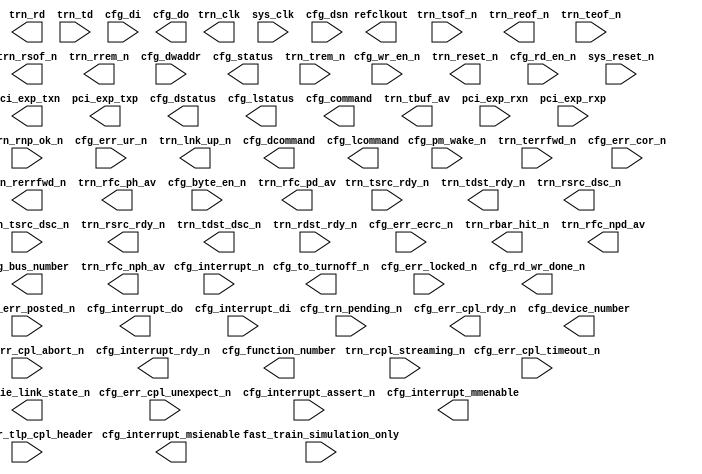
////////////////////////////////////////////////////////////////////////////////
// Copyright (c) 1995-2009 Xilinx, Inc.  All rights reserved.
////////////////////////////////////////////////////////////////////////////////
//   ____  ____
//  /   /\/   /
// /___/  \  /    Vendor: Xilinx
// \   \   \/     Version: L.57
//  \   \         Application: netgen
//  /   /         Filename: pcie_endpoint.v
// /___/   /\     Timestamp: Mon Feb  8 15:28:15 2010
// \   \  /  \ 
//  \___\/\___\
//             
// Command	: -intstyle ise -w -sim -ofmt verilog ./tmp/_cg/pcie_endpoint.ngc ./tmp/_cg/pcie_endpoint.v 
// Device	: 5vlx110tff1136-1
// Input file	: ./tmp/_cg/pcie_endpoint.ngc
// Output file	: ./tmp/_cg/pcie_endpoint.v
// # of Modules	: 1
// Design Name	: pcie_endpoint
// Xilinx        : /raid/tools/xilinx/11.1/ISE
//             
// Purpose:    
//     This verilog netlist is a verification model and uses simulation 
//     primitives which may not represent the true implementation of the 
//     device, however the netlist is functionally correct and should not 
//     be modified. This file cannot be synthesized and should only be used 
//     with supported simulation tools.
//             
// Reference:  
//     Command Line Tools User Guide, Chapter 23 and Synthesis and Simulation Design Guide, Chapter 6
//             
////////////////////////////////////////////////////////////////////////////////

`timescale 1 ns/1 ps

module pcie_endpoint (
  cfg_pm_wake_n, cfg_err_cpl_abort_n, trn_tsrc_rdy_n, trn_terrfwd_n, cfg_to_turnoff_n, refclkout, trn_tdst_rdy_n, trn_rsrc_dsc_n, trn_rnp_ok_n, 
trn_tsrc_dsc_n, cfg_err_cpl_unexpect_n, cfg_err_cor_n, cfg_wr_en_n, trn_rsrc_rdy_n, cfg_err_locked_n, trn_tdst_dsc_n, trn_reset_n, cfg_err_ur_n, 
trn_rcpl_streaming_n, cfg_interrupt_n, cfg_err_cpl_timeout_n, trn_clk, cfg_trn_pending_n, fast_train_simulation_only, cfg_interrupt_msienable, 
trn_lnk_up_n, trn_tsof_n, trn_reof_n, cfg_rd_wr_done_n, cfg_rd_en_n, sys_clk, trn_rdst_rdy_n, trn_rerrfwd_n, cfg_interrupt_rdy_n, 
cfg_interrupt_assert_n, trn_teof_n, trn_rsof_n, cfg_err_posted_n, sys_reset_n, cfg_err_cpl_rdy_n, cfg_err_ecrc_n, pci_exp_txn, cfg_interrupt_do, 
pci_exp_txp, trn_rbar_hit_n, cfg_dstatus, cfg_function_number, trn_rd, trn_td, cfg_dsn, cfg_interrupt_mmenable, cfg_dcommand, trn_rfc_ph_av, 
trn_rfc_npd_av, cfg_bus_number, trn_rrem_n, cfg_di, cfg_dwaddr, cfg_byte_en_n, cfg_do, cfg_device_number, cfg_lstatus, cfg_err_tlp_cpl_header, 
cfg_command, cfg_pcie_link_state_n, trn_tbuf_av, pci_exp_rxn, pci_exp_rxp, cfg_lcommand, cfg_status, trn_rfc_nph_av, trn_trem_n, trn_rfc_pd_av, 
cfg_interrupt_di
)/* synthesis syn_black_box syn_noprune=1 */;
  input cfg_pm_wake_n;
  input cfg_err_cpl_abort_n;
  input trn_tsrc_rdy_n;
  input trn_terrfwd_n;
  output cfg_to_turnoff_n;
  output refclkout;
  output trn_tdst_rdy_n;
  output trn_rsrc_dsc_n;
  input trn_rnp_ok_n;
  input trn_tsrc_dsc_n;
  input cfg_err_cpl_unexpect_n;
  input cfg_err_cor_n;
  input cfg_wr_en_n;
  output trn_rsrc_rdy_n;
  input cfg_err_locked_n;
  output trn_tdst_dsc_n;
  output trn_reset_n;
  input cfg_err_ur_n;
  input trn_rcpl_streaming_n;
  input cfg_interrupt_n;
  input cfg_err_cpl_timeout_n;
  output trn_clk;
  input cfg_trn_pending_n;
  input fast_train_simulation_only;
  output cfg_interrupt_msienable;
  output trn_lnk_up_n;
  input trn_tsof_n;
  output trn_reof_n;
  output cfg_rd_wr_done_n;
  input cfg_rd_en_n;
  input sys_clk;
  input trn_rdst_rdy_n;
  output trn_rerrfwd_n;
  output cfg_interrupt_rdy_n;
  input cfg_interrupt_assert_n;
  input trn_teof_n;
  output trn_rsof_n;
  input cfg_err_posted_n;
  input sys_reset_n;
  output cfg_err_cpl_rdy_n;
  input cfg_err_ecrc_n;
  output [0 : 0] pci_exp_txn;
  output [7 : 0] cfg_interrupt_do;
  output [0 : 0] pci_exp_txp;
  output [6 : 0] trn_rbar_hit_n;
  output [15 : 0] cfg_dstatus;
  output [2 : 0] cfg_function_number;
  output [63 : 0] trn_rd;
  input [63 : 0] trn_td;
  input [63 : 0] cfg_dsn;
  output [2 : 0] cfg_interrupt_mmenable;
  output [15 : 0] cfg_dcommand;
  output [7 : 0] trn_rfc_ph_av;
  output [11 : 0] trn_rfc_npd_av;
  output [7 : 0] cfg_bus_number;
  output [7 : 0] trn_rrem_n;
  input [31 : 0] cfg_di;
  input [9 : 0] cfg_dwaddr;
  input [3 : 0] cfg_byte_en_n;
  output [31 : 0] cfg_do;
  output [4 : 0] cfg_device_number;
  output [15 : 0] cfg_lstatus;
  input [47 : 0] cfg_err_tlp_cpl_header;
  output [15 : 0] cfg_command;
  output [2 : 0] cfg_pcie_link_state_n;
  output [3 : 0] trn_tbuf_av;
  input [0 : 0] pci_exp_rxn;
  input [0 : 0] pci_exp_rxp;
  output [15 : 0] cfg_lcommand;
  output [15 : 0] cfg_status;
  output [7 : 0] trn_rfc_nph_av;
  input [7 : 0] trn_trem_n;
  output [11 : 0] trn_rfc_pd_av;
  input [7 : 0] cfg_interrupt_di;

endmodule